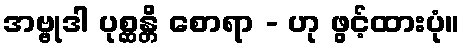
အဗ္ဗုဒါ ပုစ္ဆန္တိ စောရာ - ဟု ဖွင့်ထားပုံ။